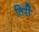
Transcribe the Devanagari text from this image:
तिर्री